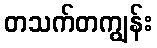
တသက်တကျွန်း